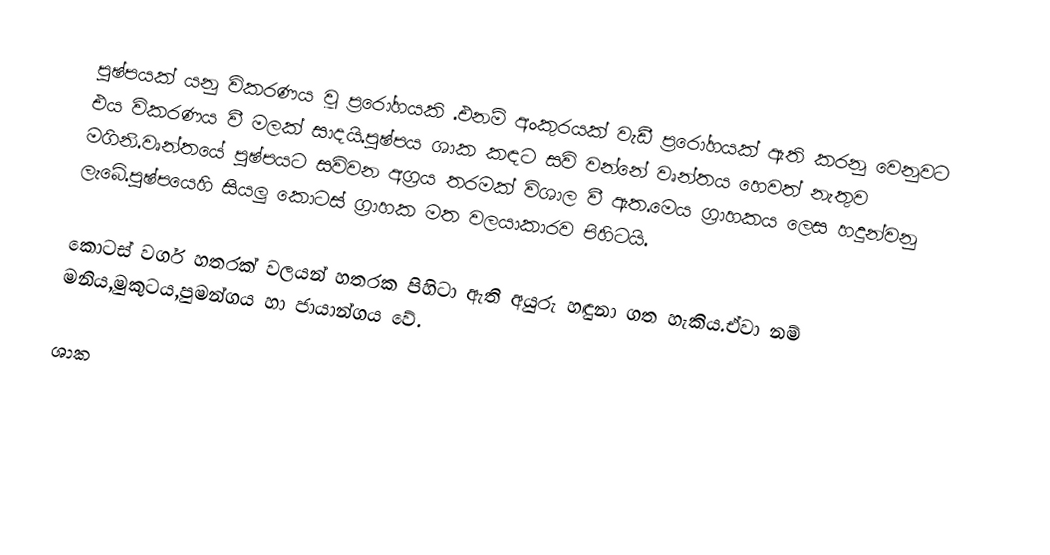
පුෂ්පයක්  යනු විකරණය වූ ප්‍රරෝහයකි .එනම් අංකුරයක් වැඩී ප්‍රරෝහයක් ඇති කරනු වෙනුවට එය විකරණය වී මලක් සාදයි.පුෂ්පය ශාක කඳට සවි වන්නේ වෘන්තය හෙවත් නැතුව මගිනි.වෘන්තයේ පුෂ්පයට සවිවන අග්‍රය තරමක් විශාල වී ඇත.මෙය ග්‍රාහකය ලෙස හදුන්වනු ලැබේ.පුෂ්පයෙහි සියලු කොටස් ග්‍රාහක මත වලයාකාරව පිහිටයි.

කොටස් වර්ග  හතරක් වලයන් හතරක පිහිටා ඇති අයුරු හඳුනා ගත හැකිය.ඒවා නම් මනිය,මුකුටය,පුමන්ගය හා ජායාන්ගය වේ.

ශාක